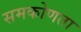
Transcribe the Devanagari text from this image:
समकोणता